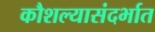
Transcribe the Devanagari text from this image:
कौशल्यासंदर्भात